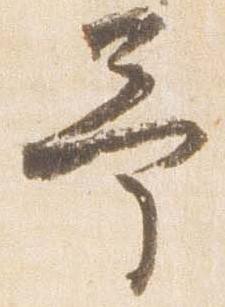
予